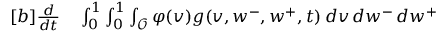
\begin{array} { r } { \begin{array} { r l } { [ b ] \frac { d } { d t } } & { { } \int _ { 0 } ^ { 1 } \int _ { 0 } ^ { 1 } \int _ { \mathcal { O } } \varphi ( v ) g ( v , w ^ { - } , w ^ { + } , t ) \, d v \, d w ^ { - } \, d w ^ { + } } \end{array} } \end{array}